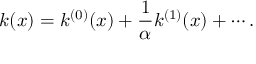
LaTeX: k ( x ) = k ^ { ( 0 ) } ( x ) + \frac { 1 } { \alpha } k ^ { ( 1 ) } ( x ) + \cdots .